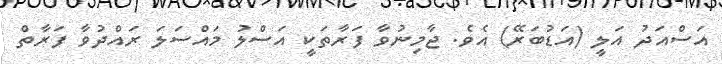
އަސްއަދު އަލީ (އަޑުބަރޭ) އެވެ. ޖާމިނުވާ ފަރާތަކީ އަސްލު މައްސަލަ ރައްދުވާ ފަރާތް